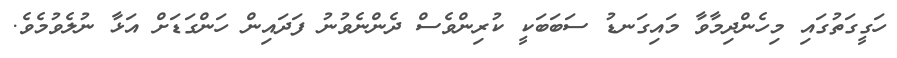
ހަގީގަތުގައި މިހެންދިމާވާ މައިގަނޑު ސަބަބަކީ ކުރިންވެސް ދެންނެވުނު ފަދައިން ހަންގަޑަށް އަޅާ ނުލެވުމެވެ.